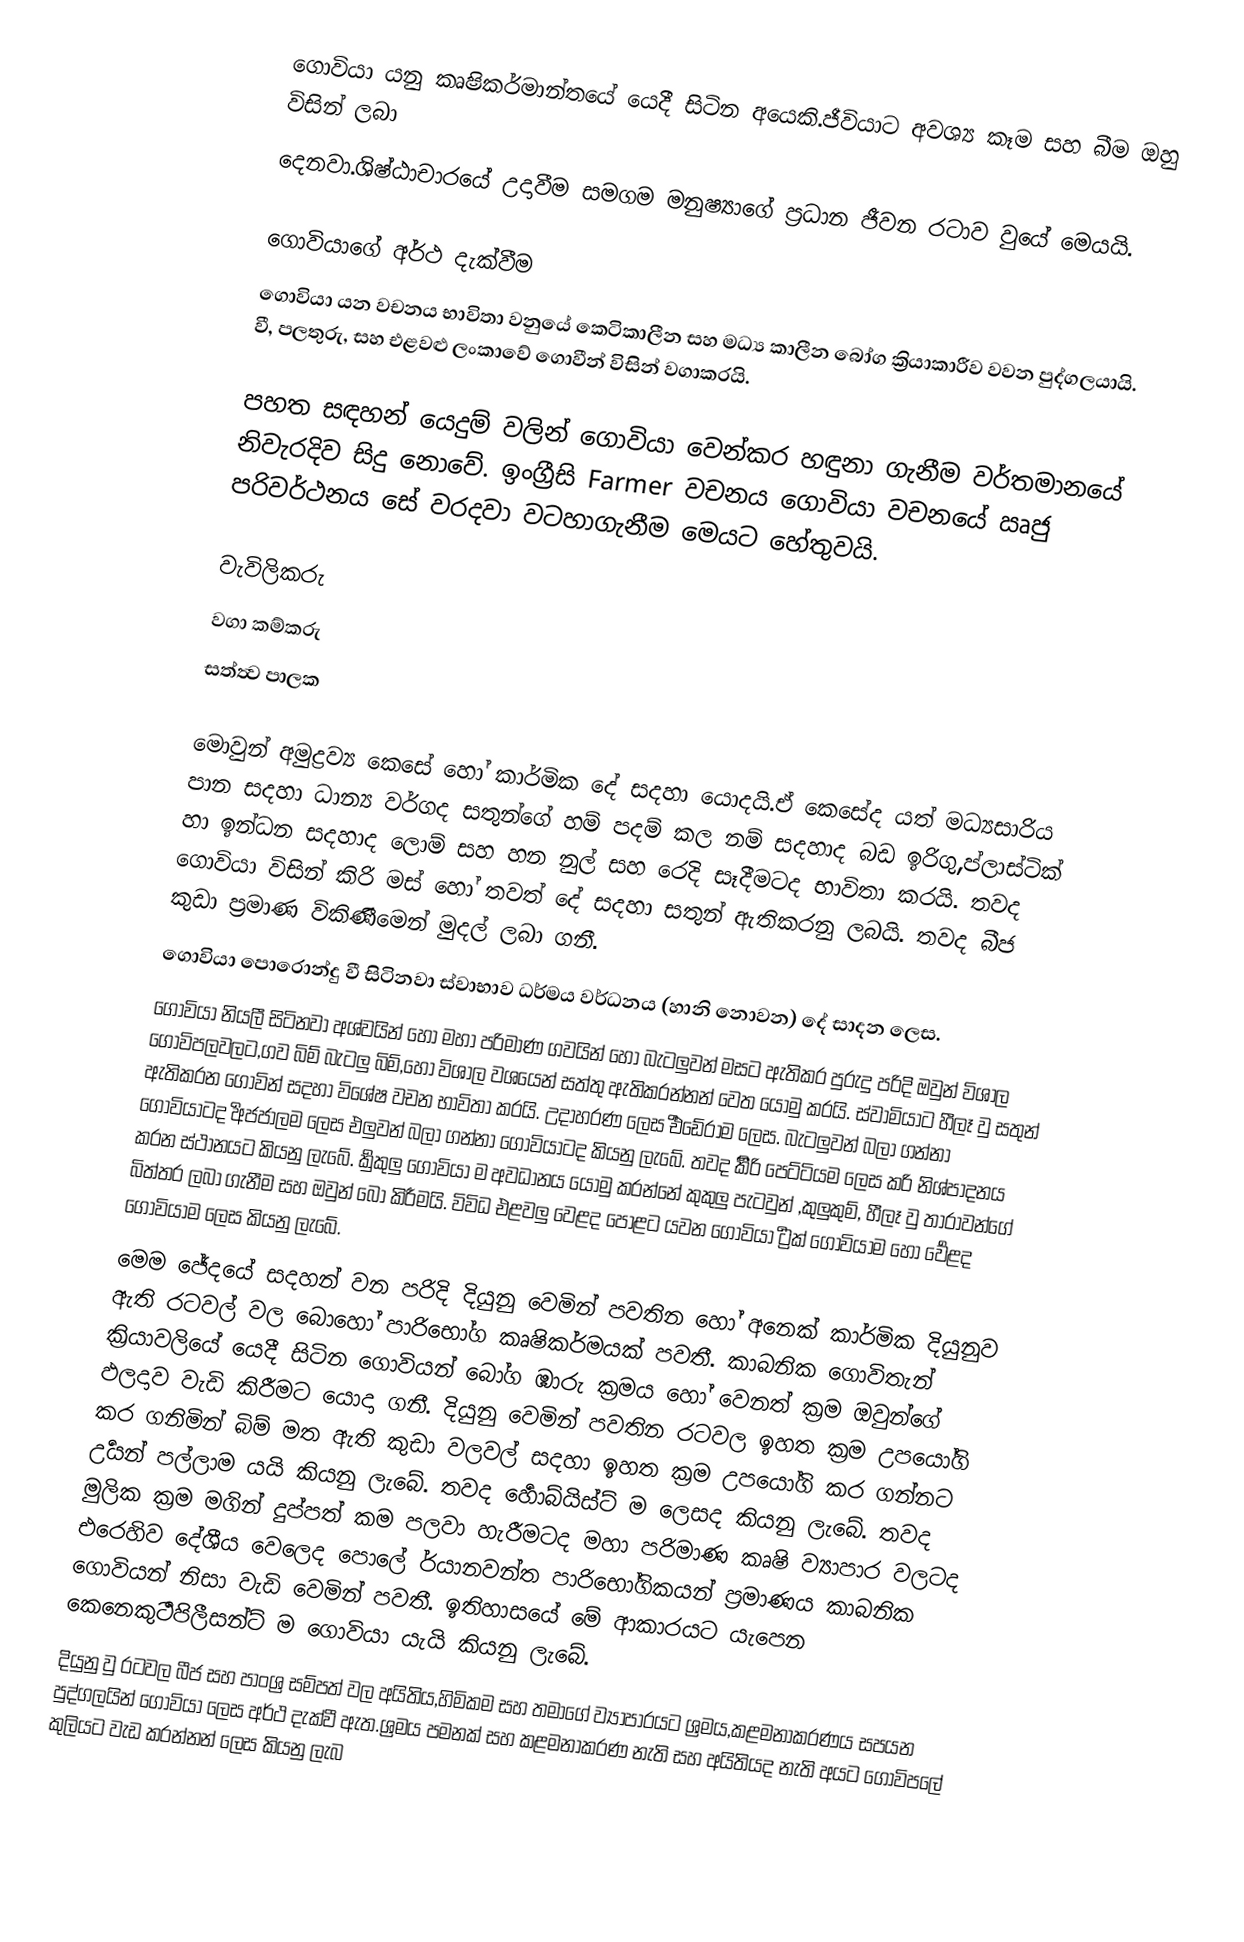
ගොවියා යනු කෘෂිකර්මාන්තයේ යෙදී සිටින අයෙකි.ජීවියාට අවශ්‍ය කෑම සහ බීම ඔහු විසින් ලබා
දෙනවා.ශිෂ්ඨාචාරයේ උදාවීම සමගම මනුෂ්‍යාගේ ප්‍රධාන ජීවන රටාව වුයේ මෙයයි.

ගොවියාගේ අර්ථ දැක්වීම
ගොවියා යන වචනය  භාවිතා වනුයේ කෙටිකාලීන සහ මධ්‍ය කාලීන බෝග ක්‍රියාකාරීව වවන පුද්ගලයායි. වී, පලතුරු, සහ එළවළු ලංකාවේ ගොවීන් විසින් වගාකරයි.

පහත සඳහන් යෙදුම් වලින් ගොවියා  වෙන්කර හඳුනා ගැනීම වර්තමානයේ නිවැරදිව සිදු නොවේ. ඉංග්‍රීසි Farmer වචනය ගොවියා වචනයේ ඍජු පරිවර්ථනය සේ වරදවා වටහාගැනීම මෙයට හේතුවයි.

 වැවිලිකරු
 වගා කම්කරු
 සත්ත්‍ව පාලක

මොවුන් අමුද්‍රව්‍ය කෙසේ හෝ කාර්මික දේ සදහා යොදයි.ඒ කෙසේද යත් මධ්‍යසාරිය පාන සදහා ධාන්‍ය වර්ගද සතුන්ගේ හම් පදම් කල නම් සදහාද බඩ ඉරිගු,ප්ලාස්ටික් හා ඉන්ධන සදහාද ලොම් සහ හන නුල් සහ රෙදි සෑදීමටද භාවිතා කරයි. තවද ගොවියා විසින් කිරි මස් හෝ තවත් දේ සදහා සතුන් ඇතිකරනු ලබයි. තවද බීජ කුඩා ප්‍රමාණ විකිණීමෙන් මුදල් ලබා ගනී.
ගොවියා පොරොන්දු වී සිටිනවා ස්වාභාව ධර්මය වර්ධනය (හානි නොවන) දේ සාදන ලෙස.
ගොවියා නියලී සිටිනවා අශ්වයින් හෝ මහා පරිමාණ ගවයින් හෝ බැටලුවන් මසට ඇතිකර පුරුදු පරිදි ඔවුන් විශාල ගොවිපලවලට,ගව බිම් බැටලු බිම්,හෝ විශාල වශයෙන් සත්තු ඇතිකරන්නන් වෙත යොමු කරයි. ස්වාමියාට හීලෑ වු සතුන් ඇතිකරන ගොවින් සදහා විශේෂ වචන භාවිතා කරයි. උදාහරණ ලෙස ර්‍එඩේරාම ලෙස. බැටලුවන් බලා ගන්නා ගොවියාටද ර්‍අජජාලම ලෙස එලුවන් බලා ගන්නා ගොවියාටද කියනු ලැබේ. තවද ර්‍කිරි පෙට්ටියම ලෙස කරි නිශ්පාදනය කරන ස්ථානයට කියනු ලැබේ. ර්‍කුකුලු ගොවියා ම අවධානය යොමු කරන්නේ කුකුලු පැටවුන් ,කුලුකුම්, හීලෑ වු තාරාවන්ගේ බිත්තර ලබා ගැනීම සහ ඔවුන් බෝ කිරීමයි. විවිධ එළවලු වෙළද පොළට යවන ගොවියා ර්‍ට්‍රක් ගොවියාම හෝ ර්‍වෙළද ගොවියාම ලෙස කියනු ලැබේ.
මෙම ජේදයේ සදහන් වන පරිදි දියුනු වෙමින් පවතින හෝ අනෙක් කාර්මික දියුනුව ඇති රටවල් වල බොහෝ පාරිභෝග කෘෂිකර්මයක් පවතී. කාබනික ගොවිතැන් ක්‍රියාවලියේ යෙදී සිටින ගොවියන් බෝග ඹාරු ක්‍රමය හෝ වෙනත් ක්‍රම ඔවුන්ගේ ඵලදාව වැඩි කිරීමට යොදා ගනී. දියුනු වෙමින් පවතින රටවල ඉහත ක්‍රම උපයෝගි කර ගනිමින් බිම් මත ඇති කුඩා වලවල් සදහා ඉහත ක්‍රම උපයෝගි කර ගන්නට ර්‍උයන් පල්ලාම යයි කියනු ලැබේ. තවද ර්‍හොබ්යිස්ට් ම ලෙසද කියනු ලැබේ. තවද මුලික ක්‍රම මගින් දුප්පත් කම පලවා හැරීමටද මහා පරිමාණ කෘෂි ව්‍යාපාර වලටද එරෙහිව දේශීය වෙලෙද පොලේ ර්යානවන්ත පාරිභෝගිකයන් ප්‍රමාණය කාබනික ගොවියන් නිසා වැඩි වෙමින් පවතී. ඉතිහාසයේ මේ ආකාරයට යැපෙන කෙනෙකුර්‍ටපිලීසන්ට් ම ගොවියා යැයි කියනු ලැබේ.
දියුනු වු රටවල බීජ සහ පාංශ්‍ර සම්පත් වල අයිතිය,හිමිකම සහ තමාගේ ව්‍යාපාරයට ශ්‍රමය,කළමනාකරණය සපයන පුද්ගලයින් ගොවියා ලෙස අර්ථ දැක්වී ඇත.ශ්‍රමය පමනක් සහ කළමනාකරණ නැති සහ අයිතියද නැති අයට ගොවිපලේ කුලියට වැඩ කරන්නන් ලෙස කියනු ලැබ